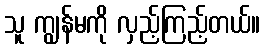
သူ ကျွန်မကို လှည့်ကြည့်တယ်။